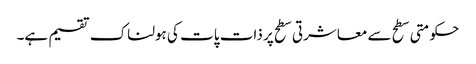
حکومتی سطح سے معاشرتی سطح پر ذات پات کی ہولناک تقسیم ہے۔